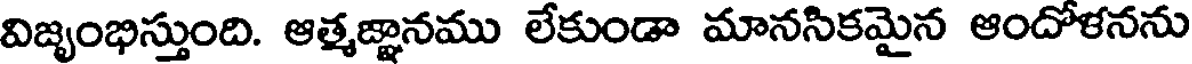
విజృంభిస్తుంది. ఆత్మజ్ఞానము లేకుండా మానసికమైన ఆందోళనను